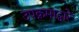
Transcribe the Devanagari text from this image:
उपक्रमाद्वारे